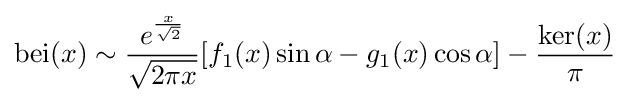
\mathrm {bei} (x)\sim {\frac {e^{\frac {x}{\sqrt {2}}}}{\sqrt {2\pi x}}}[f_{1}(x)\sin \alpha -g_{1}(x)\cos \alpha ]-{\frac {\mathrm {ker} (x)}{\pi }}